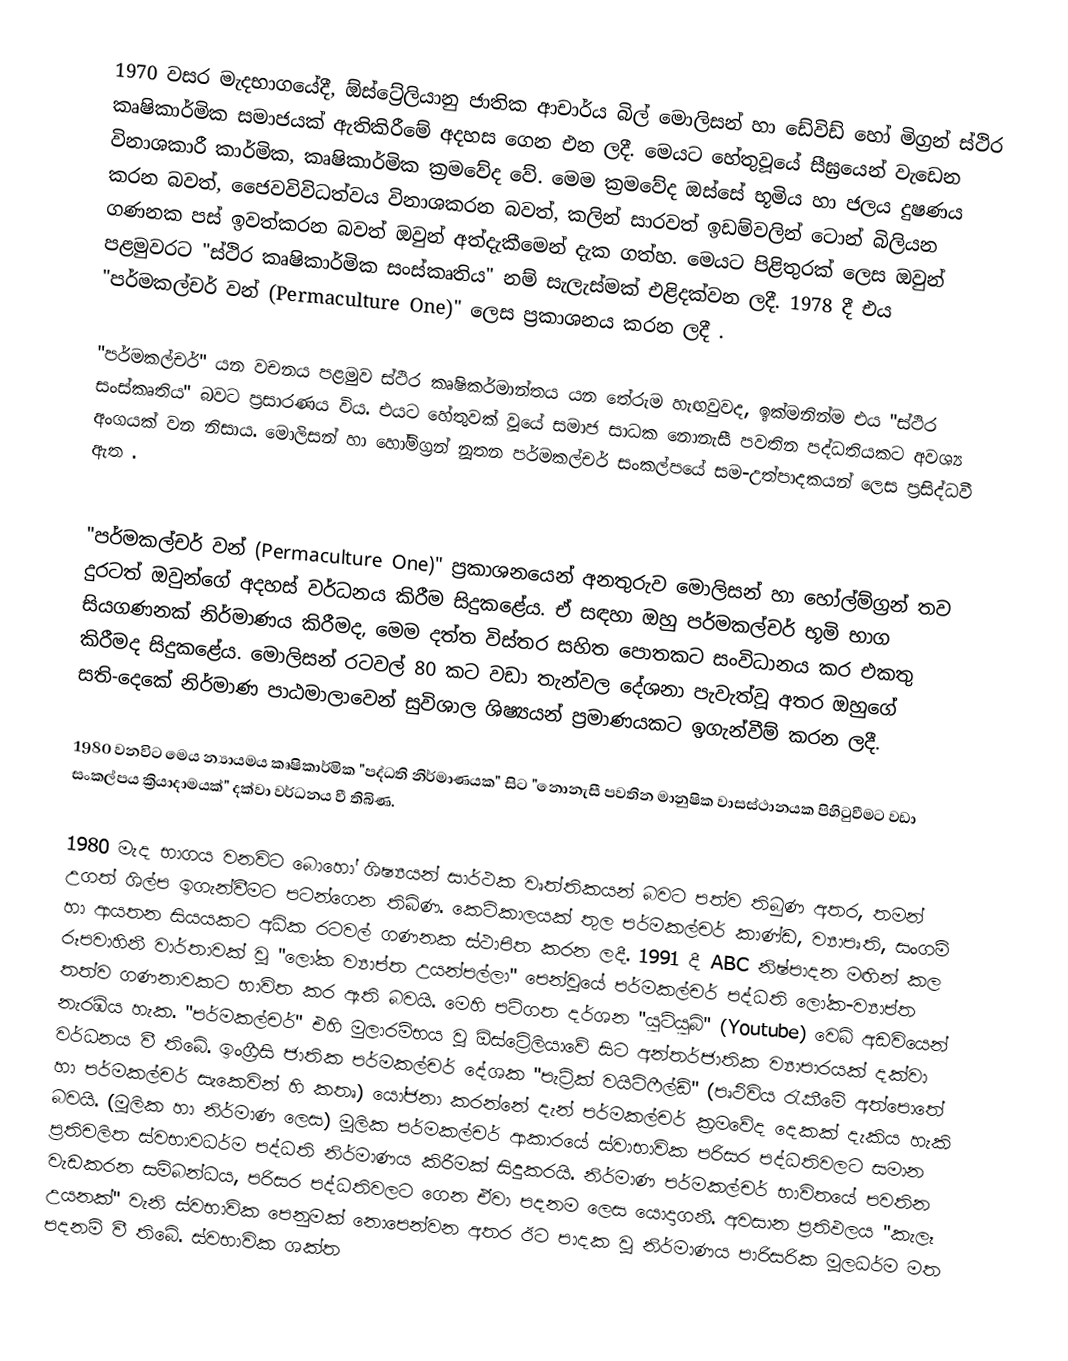
1970 වසර මැදභාගයේදී, ඕස්ට්‍රේලියානු ජාතික ආචාර්ය බිල් මොලිසන් හා ඩේවිඩ් හෝ මිග්‍රන් ස්ථිර කෘෂිකාර්මික සමාජයක් ඇතිකිරීමේ අදහස ගෙන එන ලදී. මෙයට හේතුවූයේ සීඝ්‍රයෙන් වැඩෙන විනාශකාරී කාර්මික, ‍කෘෂිකාර්මික ක්‍රමවේද වේ. මෙම ක්‍ර‍මවේද ඔස්සේ භූමිය හා ජලය දුෂණය කරන බවත්, ජෛවවිවිධත්වය විනාශකරන බවත්, කලින් සාරවත් ඉඩම්වලින් ටොන් බිලියන ගණනක පස් ඉවත්කරන බවත් ඔවුන් අත්දැකීමෙන් දැක ගත්හ. මෙයට පිළිතුරක් ලෙස ඔවුන් පළමුවරට "ස්ථිර කෘෂිකාර්මික සංස්කෘතිය" නම් සැලැස්මක් එළිදක්වන ලදී.  1978 දී එය "පර්මකල්චර් වන් (Permaculture One)" ලෙස ප්‍රකාශනය කරන ලදී .

"පර්මකල්චර්" යන වචනය පළමුව ස්ථිර කෘෂිකර්මාන්තය යන තේරුම හැඟවුවද, ඉක්මනින්ම එය "ස්ථිර සංස්කෘතිය" බවට ප්‍රසාරණය විය. එයට හේතුවක් වූයේ සමාජ සාධක නොනැසී පවතින පද්ධතියකට අවශ්‍ය අංගයක් වන නිසාය. මොලිසන් හා හෝම්ග්‍රන් නූතන පර්මකල්චර් සංකල්පයේ සම-උත්පාදකයන් ලෙස ප්‍රසිද්ධවී ඇත .

"පර්මකල්චර් වන් (Permaculture One)" ප්‍රකාශනයෙන් අනතුරුව මොලිසන් හා හෝල්ම්ග්‍රන් තව දුරටත් ඔවුන්ගේ අදහස් වර්ධනය කිරීම සිදුකළේය. ඒ සඳහා ඔහු පර්මකල්චර් භූමි භාග සියගණනක් නිර්මාණය කිරීමද, මෙම දත්ත විස්තර සහිත පොතකට සංවිධානය කර එකතු කිරීමද සිදුකළේය. මොලිසන් රටවල් 80 කට වඩා තැන්වල දේශනා පැවැත්වූ අතර ඔහුගේ සති-දෙකේ නිර්මාණ පාඨමාලාවෙන් සුවිශාල ශිෂ්‍යයන් ප්‍රමාණයකට ඉගැන්වීම් කරන ලදී.

1980 වනවිට මෙය න්‍යායමය කෘෂිකාර්මික "පද්ධති නිර්මාණයක" සිට "නොනැසී පවතින මානුෂික වාසස්ථානයක පිහිටුවීමට වඩා සංකල්පය ක්‍රියාදාමයක්" දක්වා වර්ධනය වී තිබිණ.

1980 මැද භාගය වනවිට බොහෝ ශිෂ්‍යයන් සාර්ථක වෘත්තිකයන් බවට පත්ව තිබුණ අතර, තමන් උගත් ශිල්ප ඉගැන්වීමට පටන්ගෙන තිබිණ. කෙටිකාලයක් තුල පර්මකල්චර් කාණ්ඩ, ව්‍යාපෘති, සංගම් හා ආයතන සියයකට අධික රටවල් ගණනක ස්ථාපිත කරන ලදී. 1991 දී ABC නිෂ්පාදන මඟින් කල රූපවාහිනී වාර්තාවක් වූ "ලෝක ව්‍යාප්ත උයන්පල්ලා" පෙන්වූයේ පර්මකල්චර් පද්ධති ලෝක-ව්‍යාප්ත තත්ව ගණනාවකට භාවිත කර ඇති බවයි. මෙහි පටිගත දර්ශන "යුටියුබ්" (Youtube) වෙබ් අඩවියෙන් නැරඹිය හැක. "පර්මකල්චර්" එහි මුලාරම්භය වූ ඕස්ට්‍රේලියාවේ සිට අන්තර්ජාතික ව්‍යාපාරයක් දක්වා වර්ධනය වී තිබේ. ඉංග්‍රීසි ජාතික පර්මකල්චර් දේශක "පැට්‍රික් වයිට්ෆීල්ඩ්" (පෘථිවිය රැකීමේ අත්පොතේ හා පර්මකල්චර් සැකෙවින් හි කතෘ) යෝජනා කරන්නේ දැන් පර්මකල්චර් ක්‍රමවේද දෙකක් දැකිය හැකි බවයි. (මූලික හා නිර්මාණ ලෙස) මූලික පර්මකල්චර් ආකාරයේ ස්වාභාවික පරිසර පද්ධතිවලට සමාන ප්‍රතිචලිත ස්වභාවධර්ම පද්ධති නි‍ර්මාණය කිරීමක් සිදුකරයි. නිර්මාණ පර්මකල්චර් භාවිතයේ පවතින වැඩකරන සම්බන්ධය, පරිසර පද්ධතිවලට ගෙන ඒවා පදනම ලෙස යොදාගනී. අවසාන ප්‍රතිඵලය "කැලෑ උයනක්" වැනි ස්වභාවික පෙනුමක් නොපෙන්වන අතර ඊට පාදක වූ නිර්මාණය පාරිසරික මූලධර්ම මත පදනම් වී තිබේ. ස්වභාවික ශක්ත